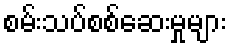
စမ်းသပ်စစ်ဆေးမှုများ